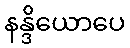
နန္ဒိယောပေ